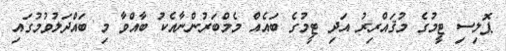
ޕޮލިސި ޓީމުގެ މުޤައްރިރު އަދި ޓީމުގެ ބައެއް މެމްބަރުންނާއެކު ބާއްވާ މި ބައްދަލުވުމުގައި